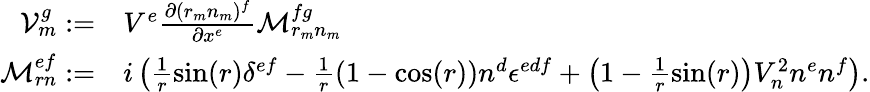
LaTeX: \begin{array}{rl}{\mathcal{V}_{m}^{g}:=}&{V^{e}\frac{\partial(r_{m}n_{m})^{f}}{\partial x^{e}}\mathcal{M}_{r_{m}n_{m}}^{fg}}\\ {\mathcal{M}_{rn}^{ef}:=}&{i\left(\frac{1}{r}\sin(r)\delta^{ef}-\frac{1}{r}\left(1-\cos(r)\right)n^{d}\epsilon^{edf}+\left(1-\frac{1}{r}\sin(r)\right)V_{n}^{2}n^{e}n^{f}\right).}\end{array}